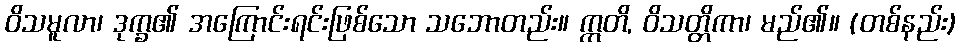
ဝိသမူလာ၊ ဒုက္ခ၏ အကြောင်းရင်းဖြစ်သော သဘောတည်း။ ဣတိ, ဝိသတ္တိကာ၊ မည်၏။ (တစ်နည်း)